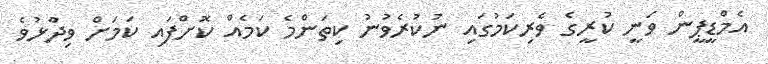
އެމްޑީޕީން ވަނީ ކުރީގެ ވެރިކަމުގައި ނުކުރެވުނު ކިތަންމެ ކަމެއް ކޮށްފައި ކަމަށް ވިދާުޅުވެ